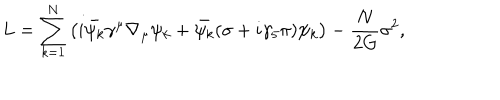
L = \sum _ { k = 1 } ^ { N } \left( i \bar { \psi _ { k } } \gamma ^ { \mu } \nabla _ { \mu } \psi _ { k } + \bar { \psi _ { k } } ( \sigma + i \gamma _ { 5 } \pi ) \psi _ { k } \right) - \frac { N } { 2 G } \sigma ^ { 2 } ,